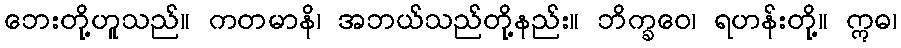
ဘေးတို့ဟူသည်။ ကတမာနိ၊ အဘယ်သည်တို့နည်း။ ဘိက္ခဝေ၊ ရဟန်းတို့။ ဣဓ၊